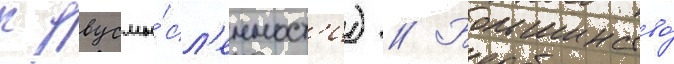
к двусмы́сл'енност'и) // Большинство́